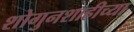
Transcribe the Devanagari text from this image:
शोगुनशाहीच्या